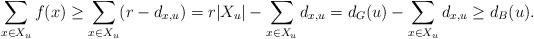
LaTeX: \begin{align*}\sum_{x\in X_u}f(x)\geq \sum_{x\in X_u}(r-d_{x,u})=r|X_u|-\sum_{x\in X_u}d_{x,u}=d_G(u)-\sum_{x\in X_u}d_{x,u}\geq d_B(u).\end{align*}